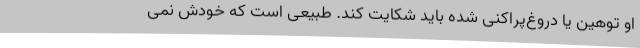
او توهین یا دروغ‌پراکنی شده باید شکایت کند. طبیعی است که خودش نمی